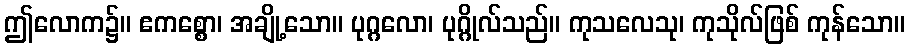
ဤလောက၌။ ဧကစ္စော၊ အချို့သော။ ပုဂ္ဂလော၊ ပုဂ္ဂိုလ်သည်။ ကုသလေသု၊ ကုသိုလ်ဖြစ် ကုန်သော။